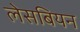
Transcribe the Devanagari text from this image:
लेसबियन